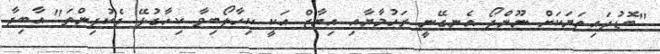
"ބޮޑުދައިތަޔަކަށް ނޫންދޯ އެނގޭނީ ރަހުމާޔާއި އިޔާޒް އަކީ ކިހާލޯބިވާ ކިހާގުޅޭ ދެކުދިންތަ" އާބިދާ